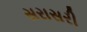
સરાસરી